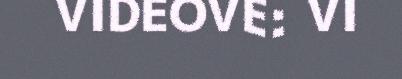
VIDEOVE: VI